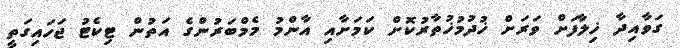
ގަވާއިދާ ޚިލާފަށް ވަރަށް ޚުދުމުޚުތާރުކޮށް ކަމަށާއި އާންމު މެމްބަރުންގެ އަތުން ޓިކެޓު ޖަހައިގަތީ